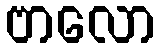
ဗာလော